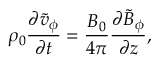
\rho _ { 0 } \frac { \partial \tilde { v } _ { \phi } } { \partial t } = \frac { B _ { 0 } } { 4 \pi } \frac { \partial \tilde { B } _ { \phi } } { \partial z } ,